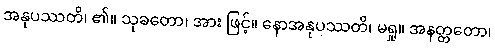
အနုပဿတိ၊ ၏။ သုခတော၊ အား ဖြင့်။ နောအနုပဿတိ၊ မရှု။ အနတ္တတော၊